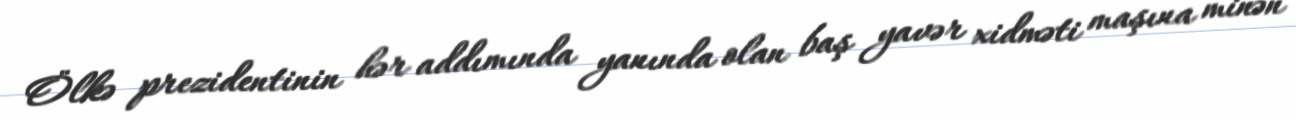
Ölkə prezidentinin hər addımında yanında olan baş yavər xidməti maşına minən